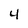
Character: 4